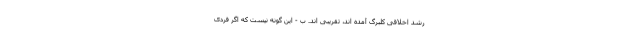
رشد اخلاقی کلبرگ آمده اند، تقریبی اند. ب - این گونه نیست که اگر فردی